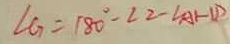
\angle G = 1 8 0 ^ { \circ } - \angle 2 - \angle A H D